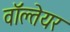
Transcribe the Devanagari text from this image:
वॉल्तेयर